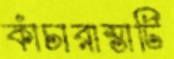
কাঁচারাস্তাটি